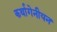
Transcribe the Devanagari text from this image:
कर्थागेनीयन